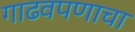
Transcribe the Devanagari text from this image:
गाढवपणाचा